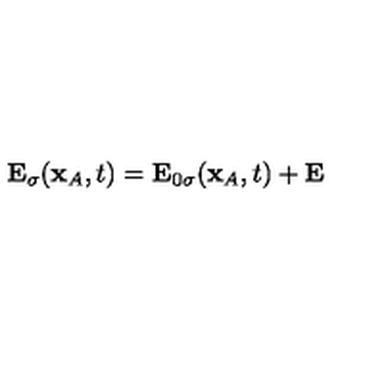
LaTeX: { \bf E } _ { \sigma } ( { \bf x } _ { A } , t ) = { \bf E } _ { 0 \sigma } ( { \bf x } _ { A } , t ) + { \bf E }